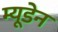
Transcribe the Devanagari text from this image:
म्यूडेन